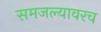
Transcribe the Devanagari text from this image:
समजल्यावरच